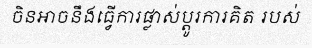
ចិនអាចនឹងធ្វើការផ្លាស់ប្តូរការគិត របស់